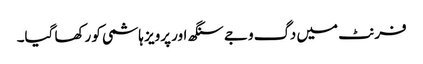
فرنٹ میں دگ وجے سنگھ اور پرویز ہاشمی کو رکھا گیا۔